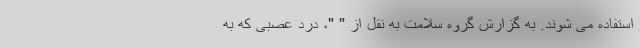
استفاده می شوند. به گزارش گروه سلامت به نقل از " "، درد عصبی که به